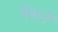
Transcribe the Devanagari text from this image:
पेंशनें